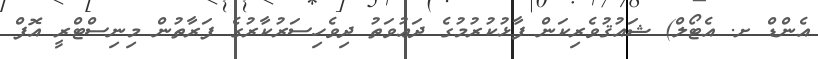
އެންޑް ށ. އެޓޯލް) ޝައުޤުވެރިކަން ފާޅުކުރުމުގެ ދަޢުވަތު ދިވެހިސަރުކާރުގެ ފަރާތުން މިނިސްޓްރީ އޮފް